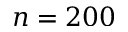
n = 2 0 0